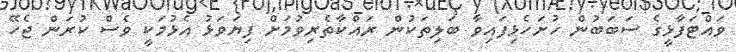
ވައްޓަފާޅީގެ ސަބަބުން ހުށަހެޅިފައިވާ ބަލިތަކުން ރައްކާތެރިވުމަށް ފިޔަވަޅު އެޅުމަކީ ވެސް ކުރަން ޖެހޭ